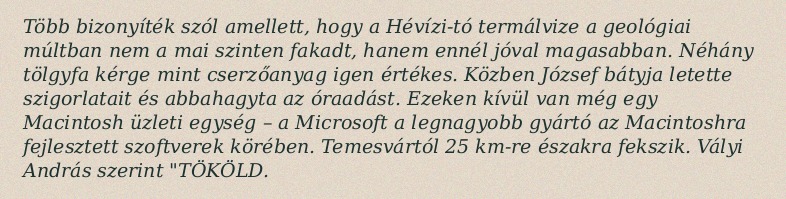
Több bizonyíték szól amellett, hogy a Hévízi-tó termálvize a geológiai múltban nem a mai szinten fakadt, hanem ennél jóval magasabban. Néhány tölgyfa kérge mint cserzőanyag igen értékes. Közben József bátyja letette szigorlatait és abbahagyta az óraadást. Ezeken kívül van még egy Macintosh üzleti egység – a Microsoft a legnagyobb gyártó az Macintoshra fejlesztett szoftverek körében. Temesvártól 25 km-re északra fekszik. Vályi András szerint "TÖKÖLD.